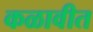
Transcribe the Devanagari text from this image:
कळावीत